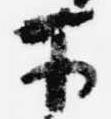
于